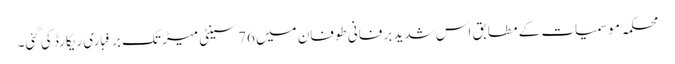
محکمہ موسمیات کے مطابق اس شدید برفانی طوفان میں 76 سینٹی میڑ تک برفباری ریکارڈ کی گئی۔